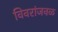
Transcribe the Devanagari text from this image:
विवरांजवळ